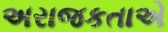
અરાજકતાએ